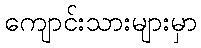
ကျောင်းသားများမှာ